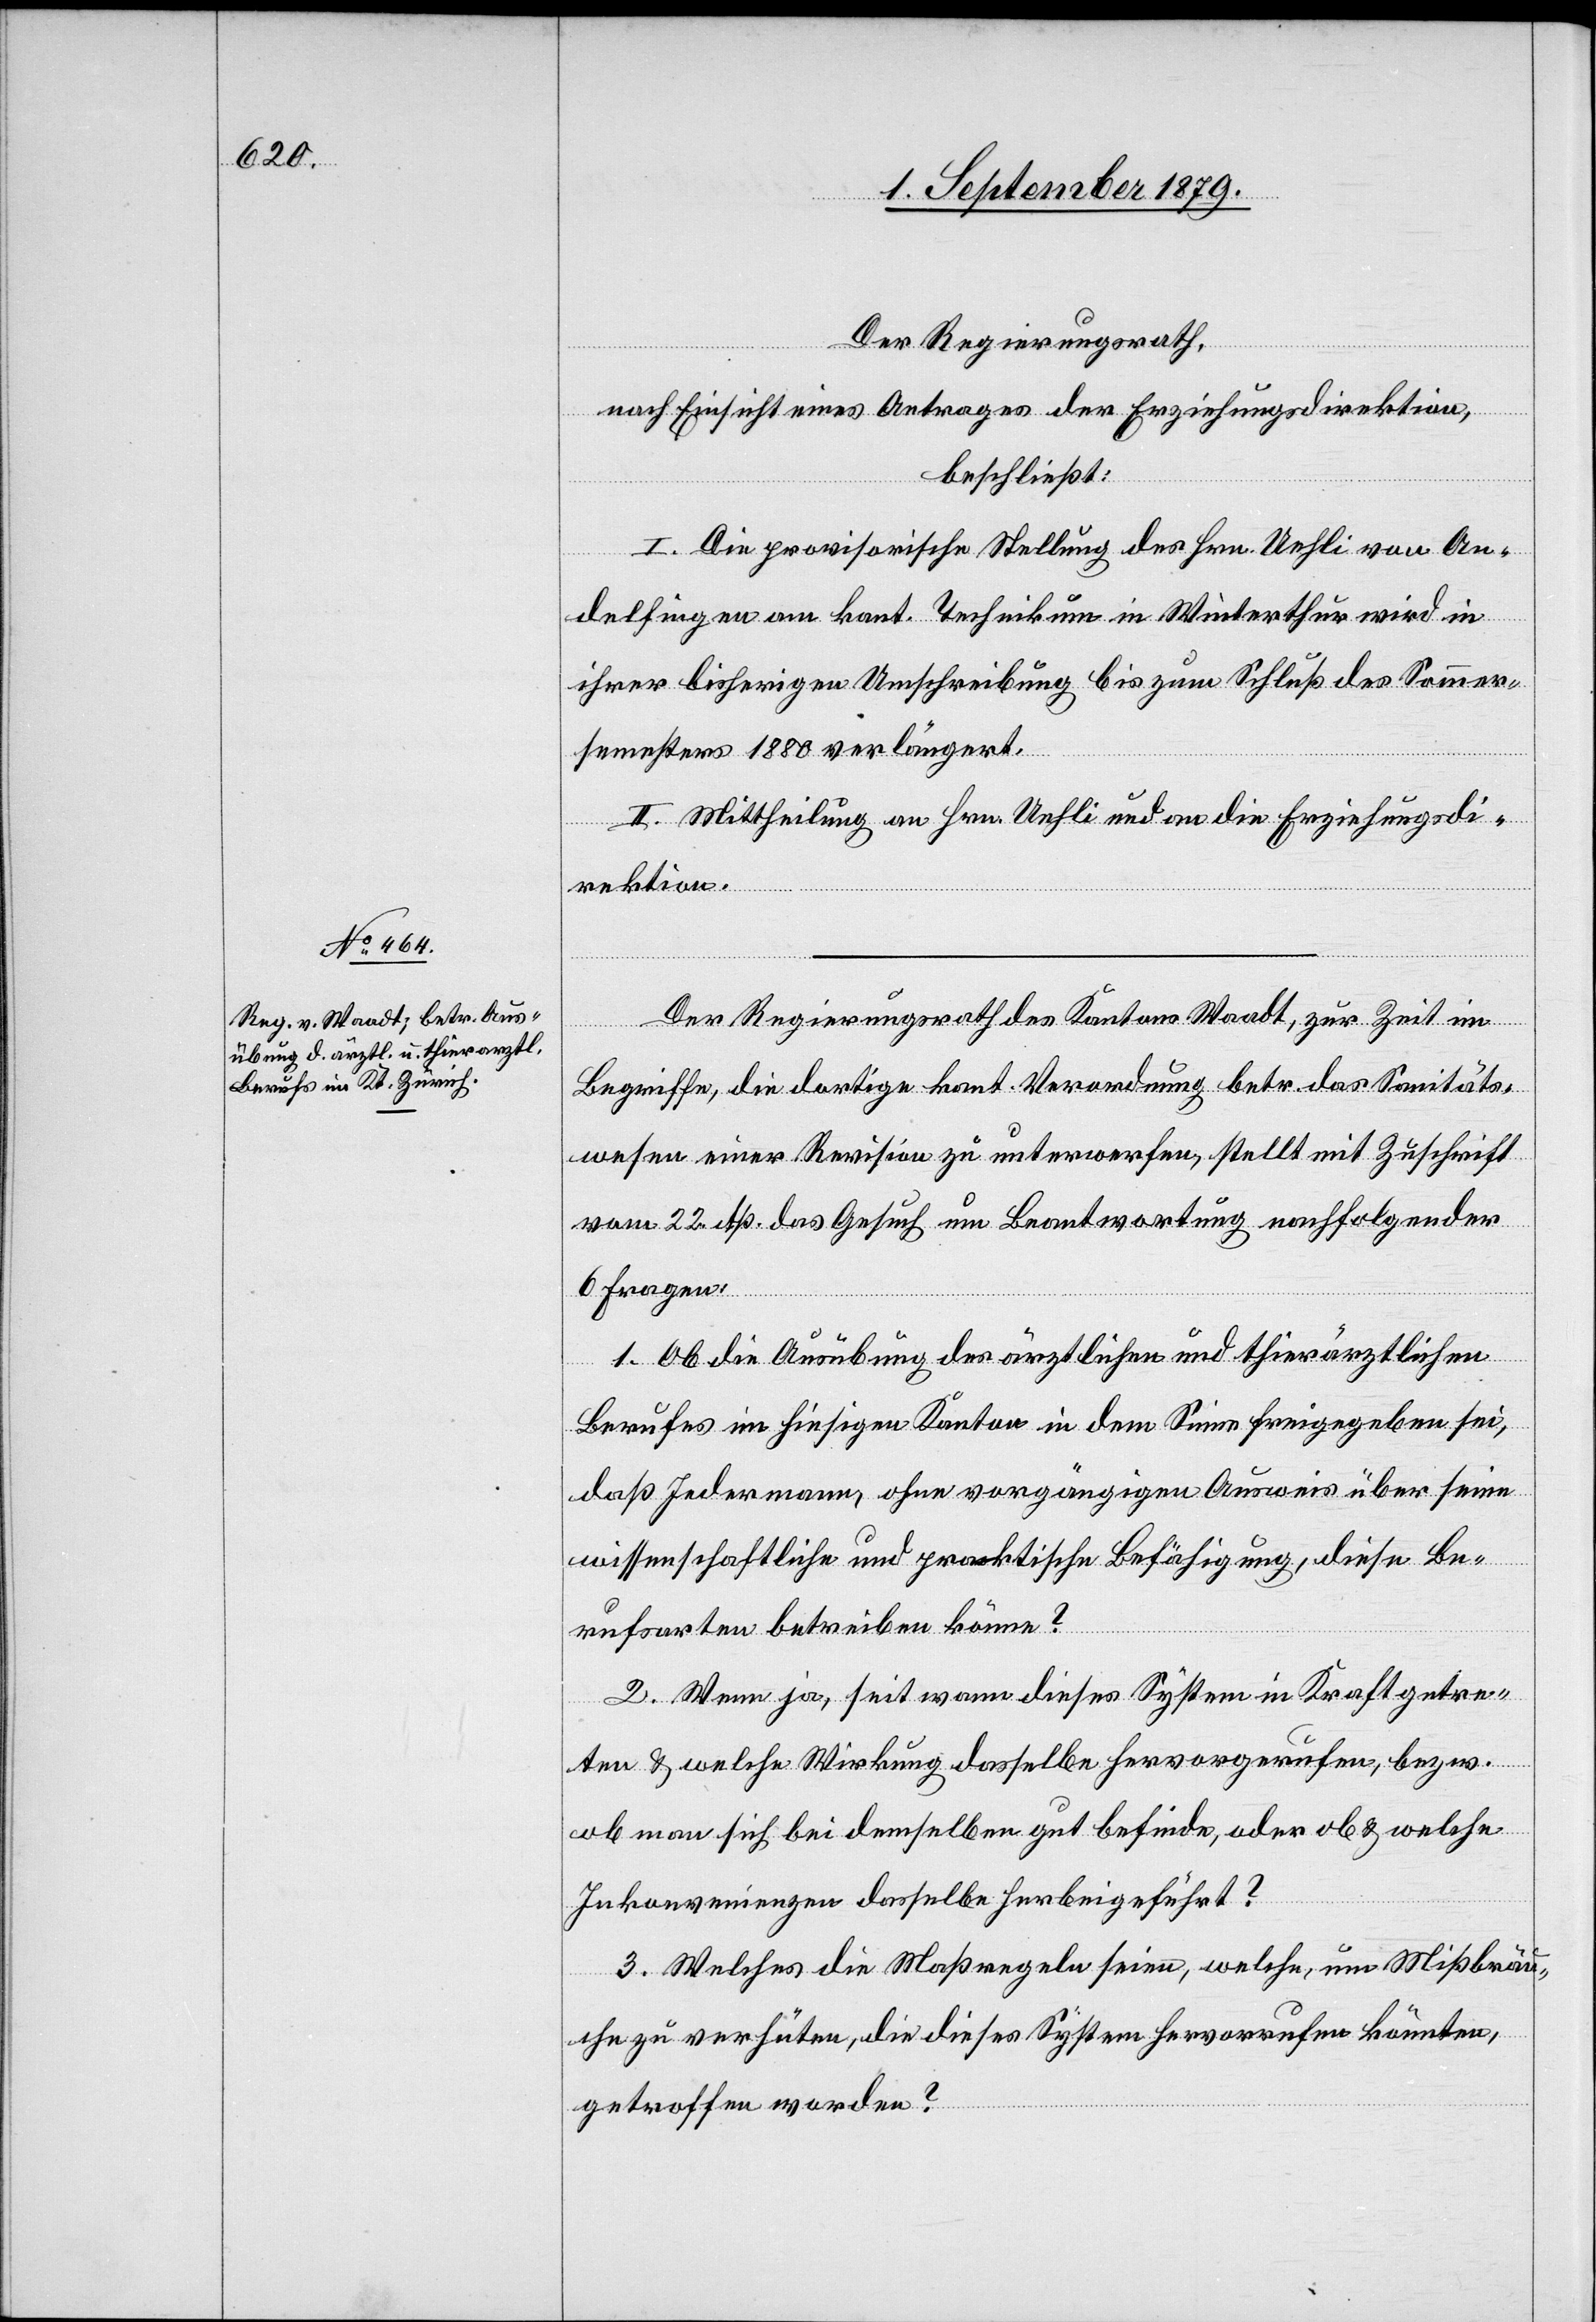
Der Regierungsrath,
nach Einsicht eines Antrages der Erziehungsdirektion,
beschließt:
I. Die provisorische Stellung des Hrn. Uehli von An¬
delfingen am kant. Technikum in Winterthur wird in
ihrer bisherigen Anschreibung bis zum Schluß des Sommer¬
semesters 1880 verlängert.
II. Mittheilung an Hrn. Uehli und an die Erziehungsdi¬
rektion.
Der Regierungsrath des Kantons Waadt, zur Zeit im
Begriffe, die dortige kant. Verordnung betr. das Sanitäts¬
wesen einer Revision zu unterwerfen, stellt mit Zuschrift
vom 22. dß das Gesuch um Beantwortung nachfolgender
6 Fragen:
1. Ob die Ausübung des ärztlichen und thierärtzlichen
Berufes im hiesigen Kanton in dem Sinne freigegeben sei,
daß Jedermann, ohne vorgängigen Ausweis über seine
wissenschaftliche und praktische Befähigung, diese Be¬
rufsarten betrieben könne?
2. Wenn ja, seit wann dieses System in Kraft getre¬
ten & welche Wirkung dasselbe hervorgerufen, bezw.
ob man sich bei demselben gut befinde, oder ob & welche
Inkonvenienzen dasselbe herbeigeführt?
3. Welches die Maßregeln seien, welche, um Missbräu¬
che zu verhüten, die dieses System hervorrufen könnten,
getroffen werden?